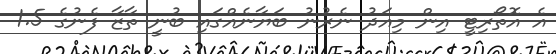
އެ އޮތޯރިޓީ އިން މިއަދު ނެރުނު ބަޔާނެއްގައި ބުނީ ތާޒާ ފެނުގެ 1.5